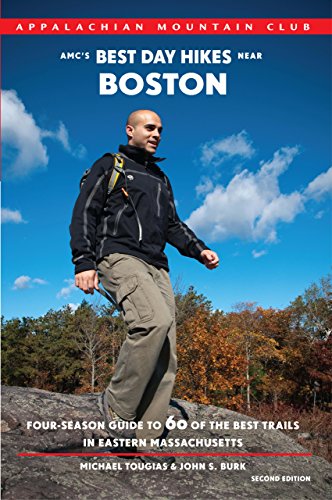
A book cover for AMC's Best Day Hikes near Boston: Four-Season Guide To 60 Of The Best Trails In Eastern Massachusetts; Michael Tougias; Travel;